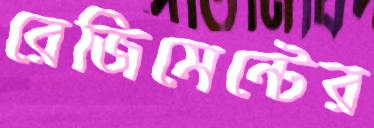
রেজিমেন্টের